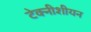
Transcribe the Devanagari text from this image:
टेक्नीशीयन